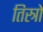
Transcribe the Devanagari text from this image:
तिस्त्रो